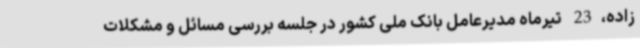
زاده،23 تیرماه مدیرعامل بانک ملی کشور در جلسه بررسی مسائل و مشکلات